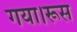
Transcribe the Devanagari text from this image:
गया।रूस